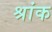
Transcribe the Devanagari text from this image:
श्रांक